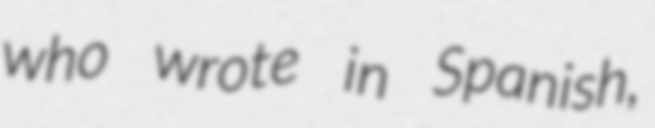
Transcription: who wrote in Spanish,